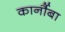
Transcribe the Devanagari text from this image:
कार्नौबा